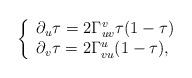
LaTeX: \begin{align*} \left\{ \begin{array}{lr} \partial_u\tau=2\Gamma_{uv}^v\tau(1-\tau)\\ \partial_v\tau=2\Gamma_{vu}^u(1-\tau), \end{array}\right.\end{align*}